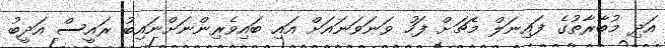
އަދި މުބާރާތުގެ ފައިނަލް މެޗަށް ފަހު ވަނަވަނައަށް އައި ބައިވެރިންނަށްނައިބު ރައީސް އަދީބު